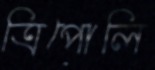
ত্রিপোলি